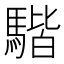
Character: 𩤠